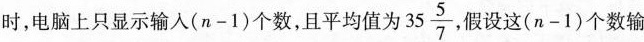
时，电脑上只显示输入(n-1)个数，且平均值为35\frac{5}{7} ，假设这(n-1)个数输